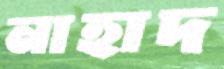
নাহাদ